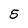
Character: 5